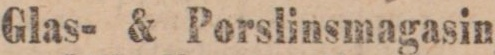
Glas- & Porslinsmagasin,